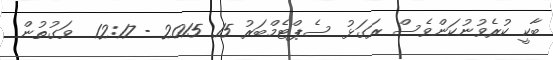
ބާކީ ކުރެވުނުކަންވެސް ރަގަޅު ސެޕްޓެމްބަރު 15